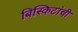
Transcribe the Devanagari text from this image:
बिस्किटांची